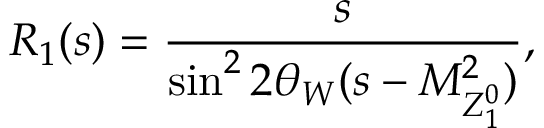
R _ { 1 } ( s ) = \frac { s } { \sin ^ { 2 } 2 \theta _ { W } ( s - M _ { Z _ { 1 } ^ { 0 } } ^ { 2 } ) } ,